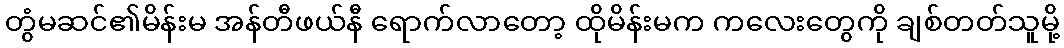
တွံမဆင်၏မိန်းမ အန်တီဖယ်နီ ရောက်လာတော့ ထိုမိန်းမက ကလေးတွေကို ချစ်တတ်သူမို့